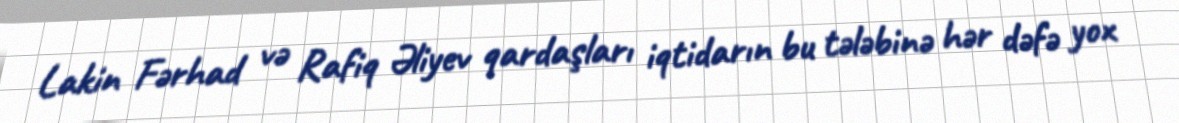
Lakin Fərhad və Rafiq Əliyev qardaşları iqtidarın bu tələbinə hər dəfə yox